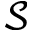
\mathcal { S }